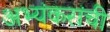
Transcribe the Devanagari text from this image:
अभ्यंकरांची